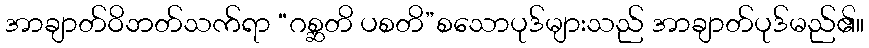
အာချာတ်ဝိဘတ်သက်ရာ “ဂစ္ဆတိ ပစတိ”စသောပုဒ်များသည် အာချာတ်ပုဒ်မည်၏။